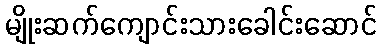
မျိုးဆက်ကျောင်းသားခေါင်းဆောင်